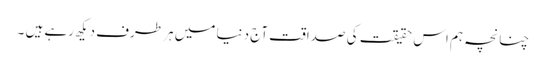
چنانچہ ہم اس حقیقت کی صداقت آج دنیا میں ہر طرف دیکھ رہے ہیں ۔